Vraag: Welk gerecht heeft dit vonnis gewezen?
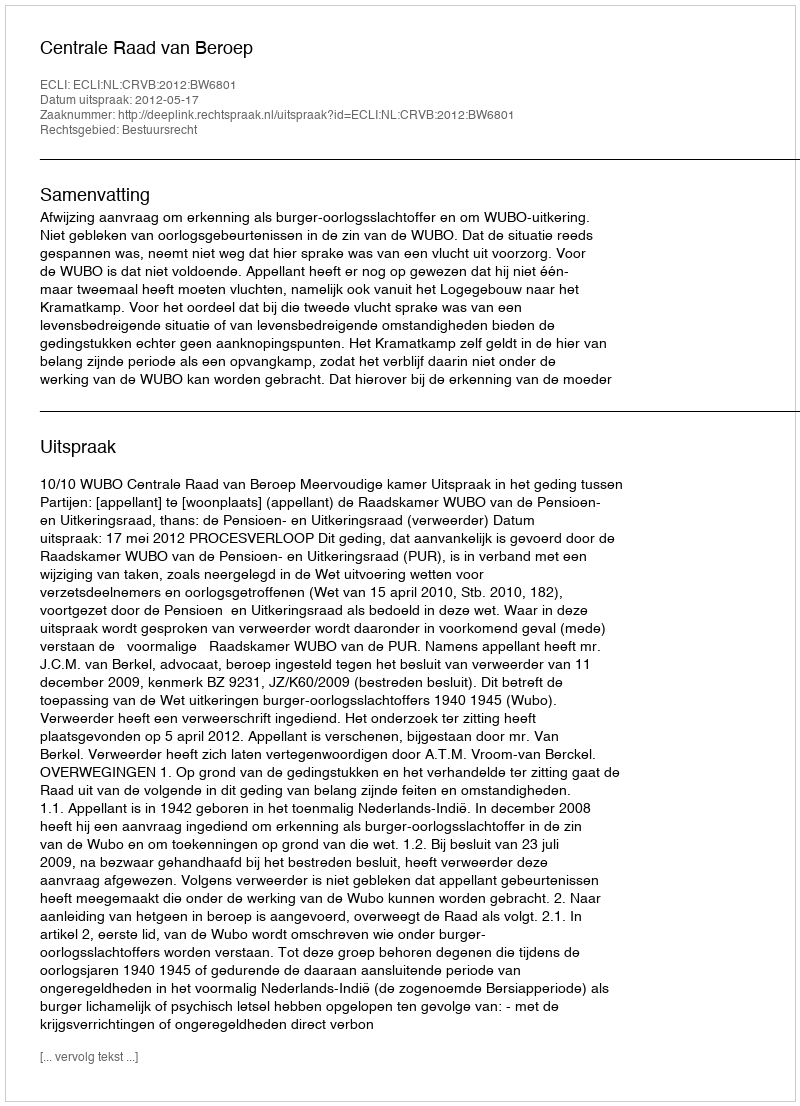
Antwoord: Centrale Raad van Beroep